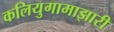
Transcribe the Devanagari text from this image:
कलियुगामाझारी